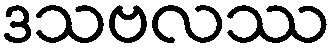
ဒသဗလဿ